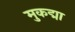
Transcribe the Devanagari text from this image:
मुकद्मा